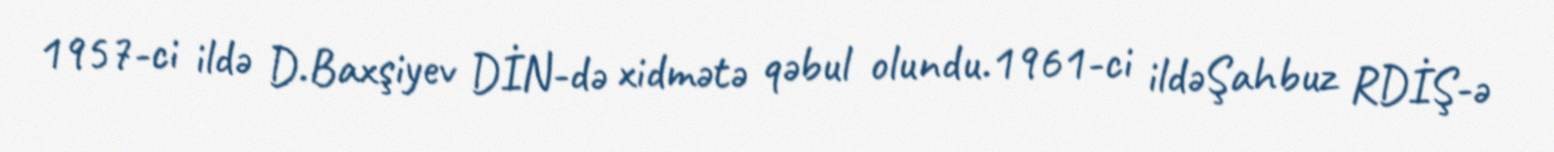
1957-ci ildə D.Baxşiyev DİN-də xidmətə qəbul olundu.1961-ci ildəŞahbuz RDİŞ-ə